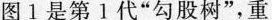
图1是第1代”勾股树”，重